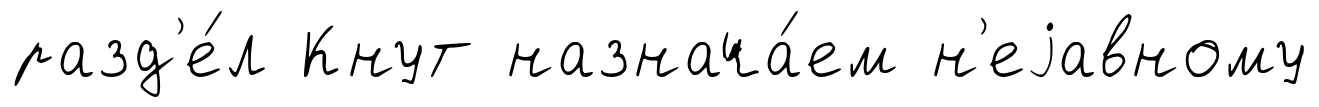
разд'е́л Кнут назнача́ем н'еjавному